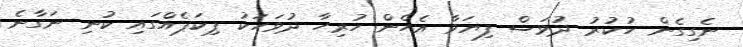
ނެގިގެން ހުކުރު ދުވަސް ފިޔަވާ އެހެން ހުރިހާ ދުވަހަކު ޕިކަޕެއްގައި ކުނި ނަގާނެ